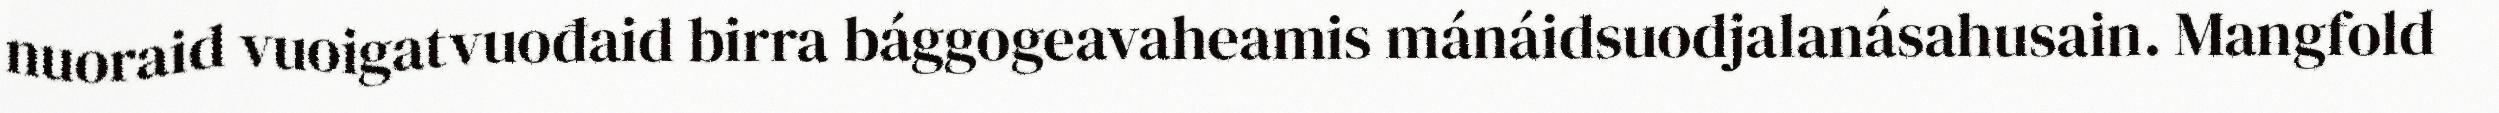
nuoraid vuoigatvuođaid birra bággogeavaheamis mánáidsuodjalanásahusain. Mangfold